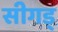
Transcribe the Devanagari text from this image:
सीगड्